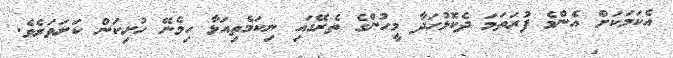
އެކަމަކަށް އެންމެ ފުރަތަމަ ދެކޮޅުހަދާ މީހުންގެ ތެރޭގައި ނިކަމެތިއަޅާ ހިމެނޭ ހުށިކަން ކަށަވަރެވެ.